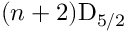
( n + 2 ) \mathrm { D } _ { 5 / 2 }